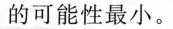
的可能性最小。